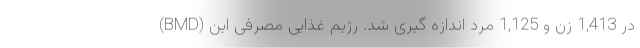
(BMD) در 1,413 زن و 1,125 مرد اندازه گیری شد. رژیم غذایی مصرفی این